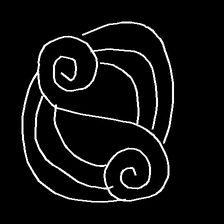
Glyph: wind-underfoot